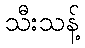
သီးသန့်